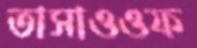
তাসাওওফ